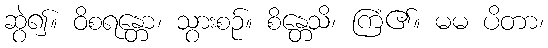
ဆွဲ၍။ ဝိစရန္တော၊ သွားစဉ်။ စိန္တေသိ၊ ကြံ၏။ မမ ပိတာ၊